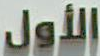
الأول